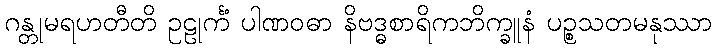
ဂန္တုမရဟတီတိ ဥဠုင်္ကံ ပါဏဝဓာ နိဗဒ္ဓစာရိကဘိက္ခူနံ ပဉ္စသတမနုဿာ